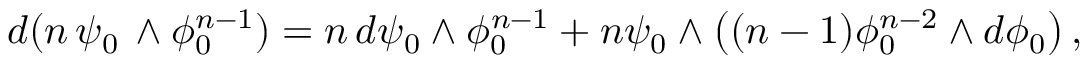
d ( n \, \psi _ { 0 } \, \wedge \phi _ { 0 } ^ { n - 1 } ) = n \, d \psi _ { 0 } \wedge \phi _ { 0 } ^ { n - 1 } + n \psi _ { 0 } \wedge \left( ( n - 1 ) \phi _ { 0 } ^ { n - 2 } \wedge d \phi _ { 0 } \right) ,